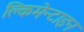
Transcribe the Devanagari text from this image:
क्लिमेन्टाइन